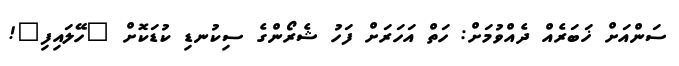
ސަންއަށް ޚަބަރެއް ދެއްވުމަށް: ހަތް އަހަރަށް ފަހު ޝެރޯންގެ ސިކުނޑި ކުޑަކޮށް "ހޭލައިފި"!